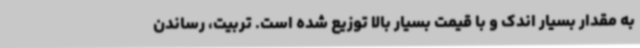
به مقدار بسیار اندک و با قیمت بسیار بالا توزیع شده است. تربیت، رساندن